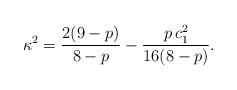
LaTeX: \begin{align*}\kappa^2 = \frac{2(9-p)}{8-p} - \frac{p \, c_1^2}{16(8-p)}.\end{align*}